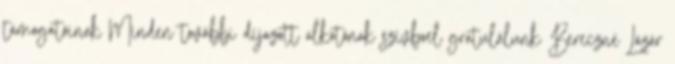
támogatóinak Minden további díjazott alkotónak szívbœl gratulálunk Bereczné Lázár